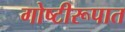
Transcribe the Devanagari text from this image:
गोष्टीरूपात